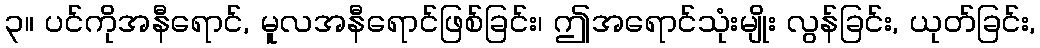
၃။ ပင်ကိုအနီရောင်, မူလအနီရောင်ဖြစ်ခြင်း၊ ဤအရောင်သုံးမျိုး လွန်ခြင်း, ယုတ်ခြင်း,